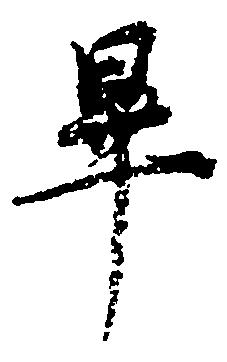
畢